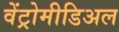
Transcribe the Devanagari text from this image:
वेंट्रोमीडिअल